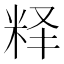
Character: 𬖘